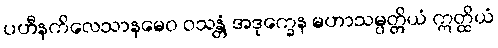
ပဟီနကိလေသာနမေဝ ဝသန္တံ အဒုက္ခေန မဟာသမ္ပတ္တိယံ ဣတ္ထိယံ